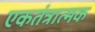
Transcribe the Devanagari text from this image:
एकतंत्रात्मक